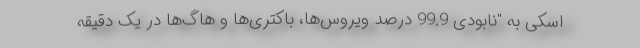
اسکی به "نابودی 99.9 درصد ویروس‌ها، باکتری‌ها و هاگ‌ها در یک دقیقه